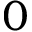
0